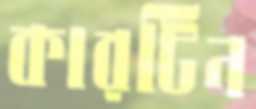
কারটিন